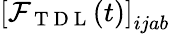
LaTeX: \left[\mathcal{F}_{\mathrm{~T~D~L~}}(t)\right]_{ijab}